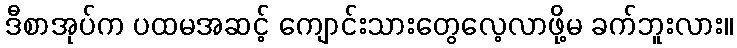
ဒီစာအုပ်က ပထမအဆင့် ကျောင်းသားတွေလေ့လာဖို့မ ခက်ဘူးလား။